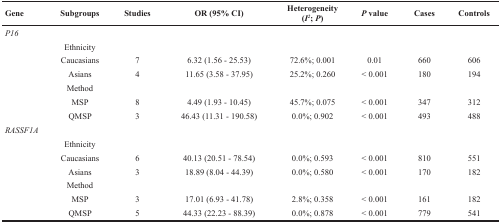
| Gene | Subgroups | Studies | OR (95% CI) | Heterogeneity (I2; P) | P value | Cases | Controls |
 | --- | --- | --- | --- | --- | --- | --- | --- |
 | P16 |  |  |  |  |  |  |  |
 |  | Ethnicity |  |  |  |  |  |  |
 |  | Caucasians | 7 | 6.32 (1.56 - 25.53) | 72.6%; 0.001 | 0.01 | 660 | 606 |
 |  | Asians | 4 | 11.65 (3.58 - 37.95) | 25.2%; 0.260 | < 0.001 | 180 | 194 |
 |  | Method |  |  |  |  |  |  |
 |  | MSP | 8 | 4.49 (1.93 - 10.45) | 45.7%; 0.075 | < 0.001 | 347 | 312 |
 |  | QMSP | 3 | 46.43 (11.31 - 190.58) | 0.0%; 0.902 | < 0.001 | 493 | 488 |
 | RASSF1A |  |  |  |  |  |  |  |
 |  | Ethnicity |  |  |  |  |  |  |
 |  | Caucasians | 6 | 40.13 (20.51 - 78.54) | 0.0%; 0.593 | < 0.001 | 810 | 551 |
 |  | Asians | 3 | 18.89 (8.04 - 44.39) | 0.0%; 0.580 | < 0.001 | 170 | 182 |
 |  | Method |  |  |  |  |  |  |
 |  | MSP | 3 | 17.01 (6.93 - 41.78) | 2.8%; 0.358 | < 0.001 | 161 | 182 |
 |  | QMSP | 5 | 44.33 (22.23 - 88.39) | 0.0%; 0.878 | < 0.001 | 779 | 541 |